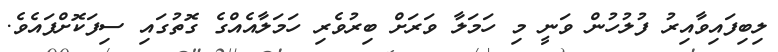
ލިބިފައިވާއިރު ފުލުހުން ވަނީ މި ހަމަލާ ވަރަށް ބިރުވެރި ހަމަލާއެއްގެ ގޮތުގައި ސިފަކޮށްފައެވެ.